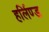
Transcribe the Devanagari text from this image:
हर्लिण्ड